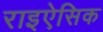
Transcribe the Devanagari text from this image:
राइऐसिक